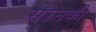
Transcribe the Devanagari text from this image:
सेउनकी